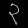
Digit: ၃